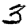
Digit: 3